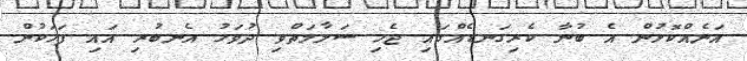
އަނެއްކޮޅުން އެ ބުނާ ކެރިގަނޑެއްގައި ޖެހި ސަލާމަތްވި ދުވަހު އެނބުރި އައި ފަހަކުން